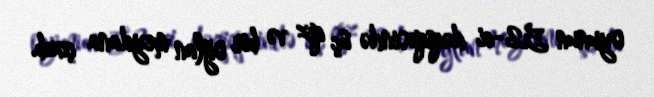
oyunun 52-ci dəqiqəsində üç qız və bir oğlan meydana çıxıb.